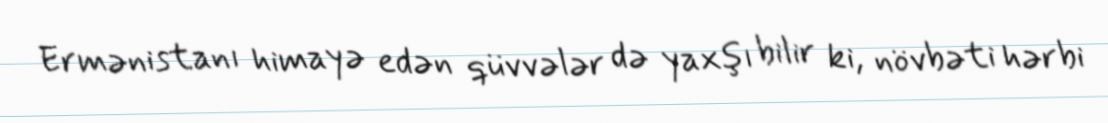
Ermənistanı himayə edən qüvvələr də yaxşı bilir ki, növbəti hərbi